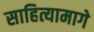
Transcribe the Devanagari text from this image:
साहित्यामागे